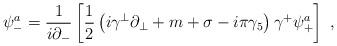
LaTeX: \begin{align*}\psi^a_- = \frac{1}{i \partial_-} \left[{1 \over 2} \left(i\gamma^\perp\partial_\perp + m + \sigma - i\pi\gamma_5 \right) \gamma^+ \psi^a_+\right] ~, \end{align*}